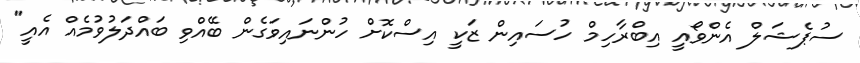
ސުޕެޝަލް އެންވޯއީ އިބްރާހިމް ހުސައިން ޒަކީ އިސްކޮށް ހުންނައިވަގެން ބޭއްވި ބައްދަލުވުމެއް އެއީ"